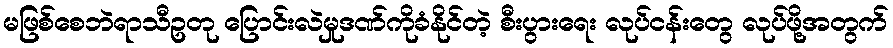
မဖြစ်စေဘဲရာသီဥတု ပြောင်းလဲမှုဒဏ်ကိုခံနိုင်တဲ့ စီးပွားရေး လုပ်ငန်းတွေ လုပ်ဖို့အတွက်